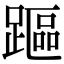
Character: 𨄅